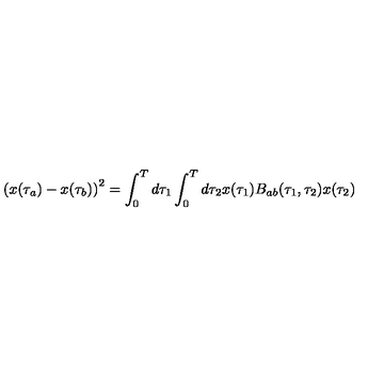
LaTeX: { ( x ( \tau _ { a } ) - x ( \tau _ { b } ) ) } ^ { 2 } = \int _ { 0 } ^ { T } d \tau _ { 1 } \int _ { 0 } ^ { T } d \tau _ { 2 } x ( \tau _ { 1 } ) B _ { a b } ( \tau _ { 1 } , \tau _ { 2 } ) x ( \tau _ { 2 } )